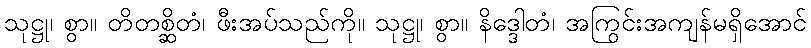
သုဋ္ဌု၊ စွာ။ တိတစ္ဆိတံ၊ ဖီးအပ်သည်ကို။ သုဋ္ဌု၊ စွာ။ နိဒ္ဒေါတံ၊ အကြွင်းအကျန်မရှိအောင်